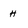
Character: h